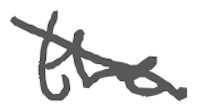
Text: the
Cross-out: diagonal
Writing tool: digital_gray